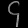
Digit: ၄